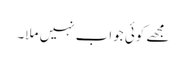
مجھے کوئی جواب نہیں ملا۔